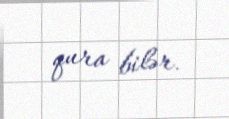
qura bilər.